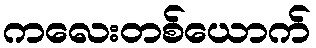
ကလေးတစ်ယောက်